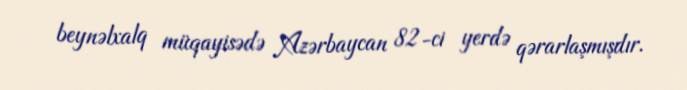
beynəlxalq müqayisədə Azərbaycan 82-ci yerdə qərarlaşmışdır.